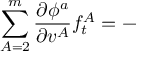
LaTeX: \sum _ { A = 2 } ^ { m } \frac { \partial \phi ^ { a } } { \partial v ^ { A } } f _ { t } ^ { A } = -